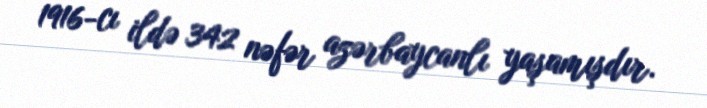
1916-cı ildə 342 nəfər azərbaycanlı yaşamışdır.